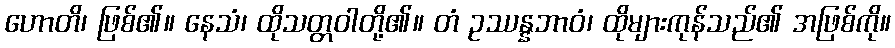
ဟောတိ၊ ဖြစ်၏။ နေသံ၊ ထိုသတ္တဝါတို့၏။ တံ ဥဿန္နဘာဝံ၊ ထိုများကုန်သည်၏ အဖြစ်ကို။